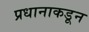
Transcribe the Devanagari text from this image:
प्रधानाकडून